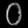
Digit: ၀